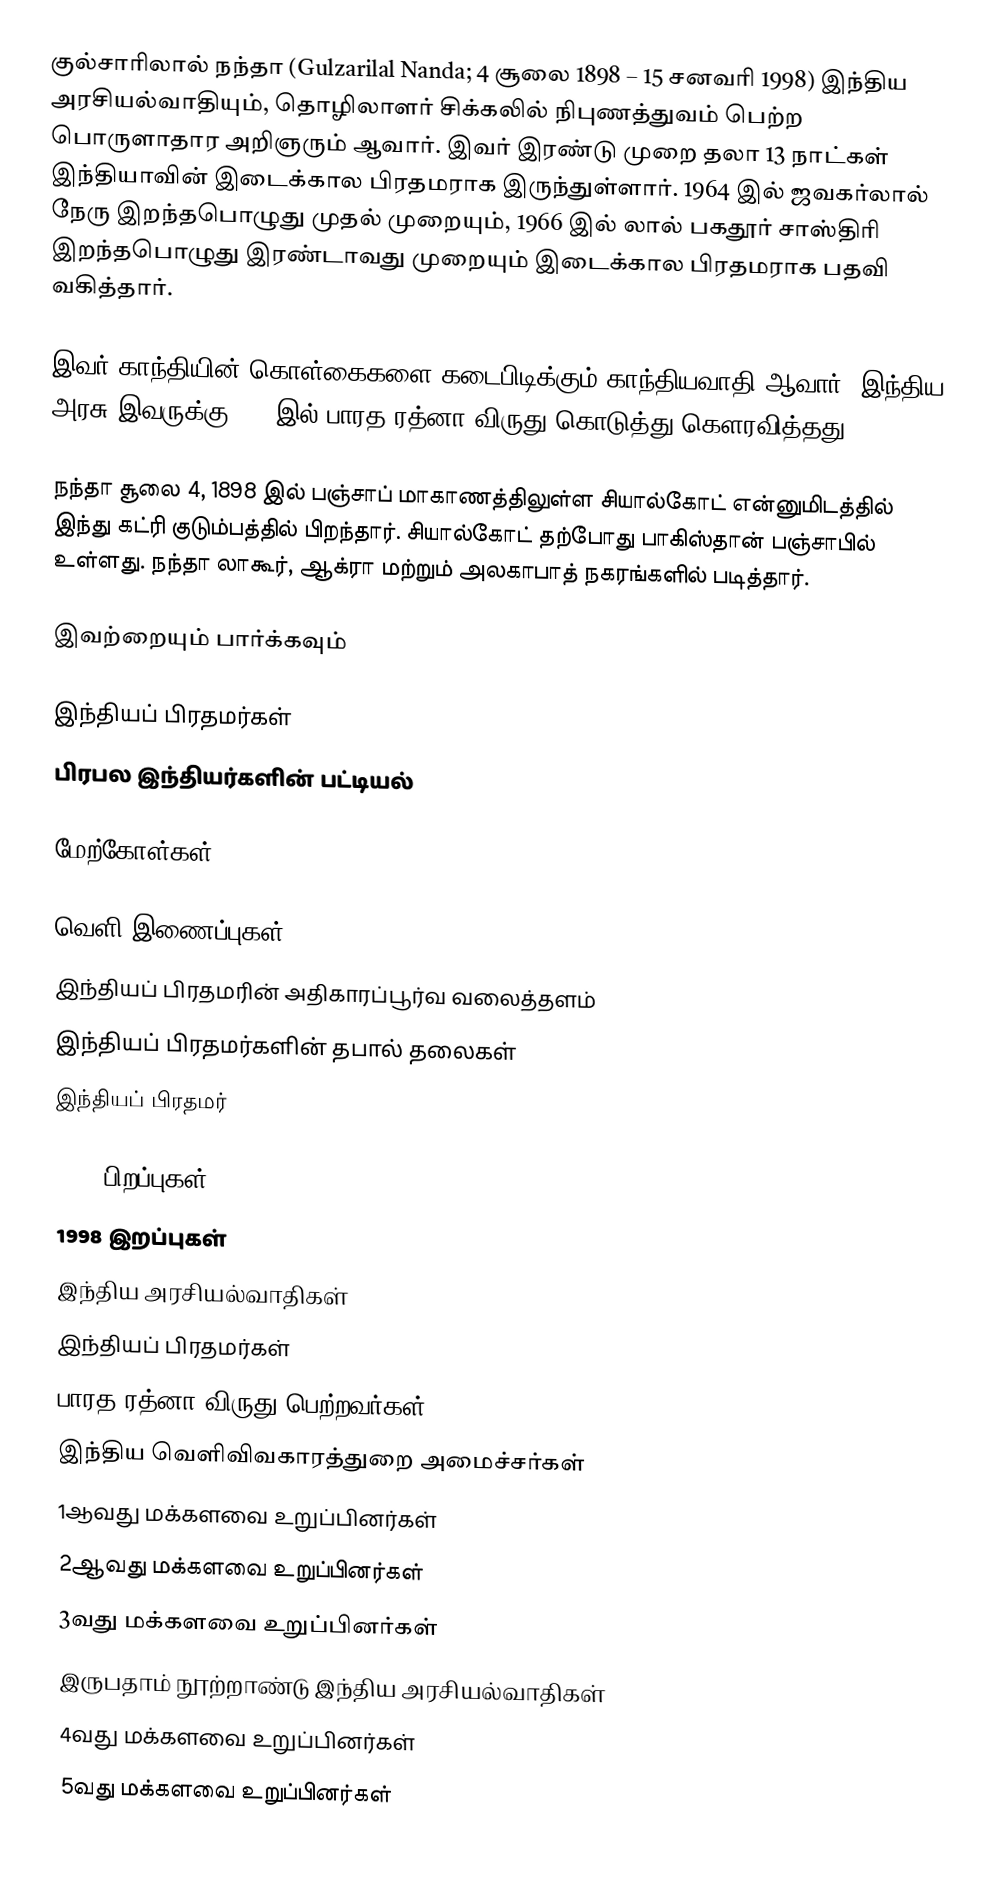
குல்சாரிலால் நந்தா (Gulzarilal Nanda; 4 சூலை 1898 – 15 சனவரி 1998) இந்திய அரசியல்வாதியும், தொழிலாளர் சிக்கலில் நிபுணத்துவம் பெற்ற பொருளாதார அறிஞரும் ஆவார். இவர் இரண்டு முறை தலா 13 நாட்கள் இந்தியாவின் இடைக்கால பிரதமராக இருந்துள்ளார். 1964 இல் ஜவகர்லால் நேரு இறந்தபொழுது முதல் முறையும், 1966 இல் லால் பகதூர் சாஸ்திரி இறந்தபொழுது இரண்டாவது முறையும் இடைக்கால பிரதமராக பதவி வகித்தார்.

இவர் காந்தியின் கொள்கைகளை கடைபிடிக்கும் காந்தியவாதி ஆவார். இந்திய அரசு இவருக்கு 1997இல் பாரத ரத்னா விருது கொடுத்து கௌரவித்தது.

நந்தா சூலை 4, 1898 இல் பஞ்சாப் மாகாணத்திலுள்ள சியால்கோட் என்னுமிடத்தில் இந்து கட்ரி குடும்பத்தில் பிறந்தார். சியால்கோட் தற்போது பாகிஸ்தான் பஞ்சாபில் உள்ளது. நந்தா லாகூர், ஆக்ரா மற்றும் அலகாபாத் நகரங்களில் படித்தார்.

இவற்றையும் பார்க்கவும்

 இந்தியப் பிரதமர்கள்
 பிரபல இந்தியர்களின் பட்டியல்

மேற்கோள்கள்

வெளி இணைப்புகள்
இந்தியப் பிரதமரின் அதிகாரப்பூர்வ வலைத்தளம்
இந்தியப் பிரதமர்களின் தபால் தலைகள்
இந்தியப் பிரதமர்

1898 பிறப்புகள்
1998 இறப்புகள்
இந்திய அரசியல்வாதிகள்
இந்தியப் பிரதமர்கள்
பாரத ரத்னா விருது பெற்றவர்கள்
இந்திய வெளிவிவகாரத்துறை அமைச்சர்கள்
1ஆவது மக்களவை உறுப்பினர்கள்
2ஆவது மக்களவை உறுப்பினர்கள்
3வது மக்களவை உறுப்பினர்கள்
இருபதாம் நூற்றாண்டு இந்திய அரசியல்வாதிகள்
4வது மக்களவை உறுப்பினர்கள்
5வது மக்களவை உறுப்பினர்கள்